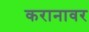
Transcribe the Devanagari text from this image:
करानावर